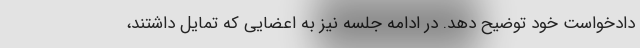
دادخواست خود توضیح دهد. در ادامه جلسه نیز به اعضایی که تمایل داشتند،